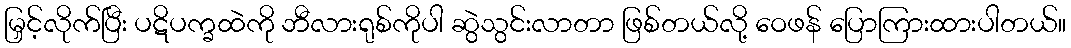
မြှင့်လိုက်ပြီး ပဋိပက္ခထဲကို ဘီလားရုစ်ကိုပါ ဆွဲသွင်းလာတာ ဖြစ်တယ်လို့ ဝေဖန် ပြောကြားထားပါတယ်။